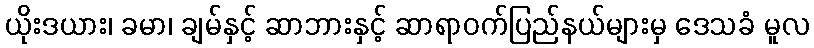
ယိုးဒယား၊ ခမာ၊ ချမ်နှင့် ဆာဘားနှင့် ဆာရာဝက်ပြည်နယ်များမှ ဒေသခံ မူလ